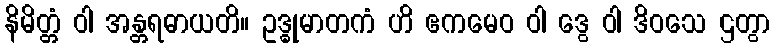
နိမိတ္တံ ဝါ အန္တရဓာယတိ။ ဥဒ္ဓုမာတကံ ဟိ ဧကမေဝ ဝါ ဒွေ ဝါ ဒိဝသေ ဌတွာ